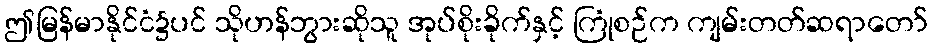
ဤမြန်မာနိုင်ငံ၌ပင် သိုဟန်ဘွားဆိုသူ အုပ်စိုးခိုက်နှင့် ကြုံစဉ်က ကျမ်းတတ်ဆရာတော်